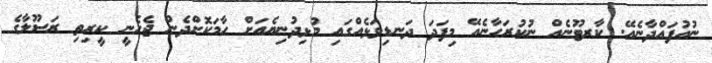
ނުއުފައްދާނެއޭ. ކާރޓޫނެއް ނުކުރަހާނެއޭ މިފަދަ ދަނޑިވަޅެއްގައި މުޅިދުނިޔެއަށް ހާމަކޮށްދެން ޖެހެނީ ކީރިތި ރަސޫލާގެ